Scottish Leaving Certificate Examination, 1958
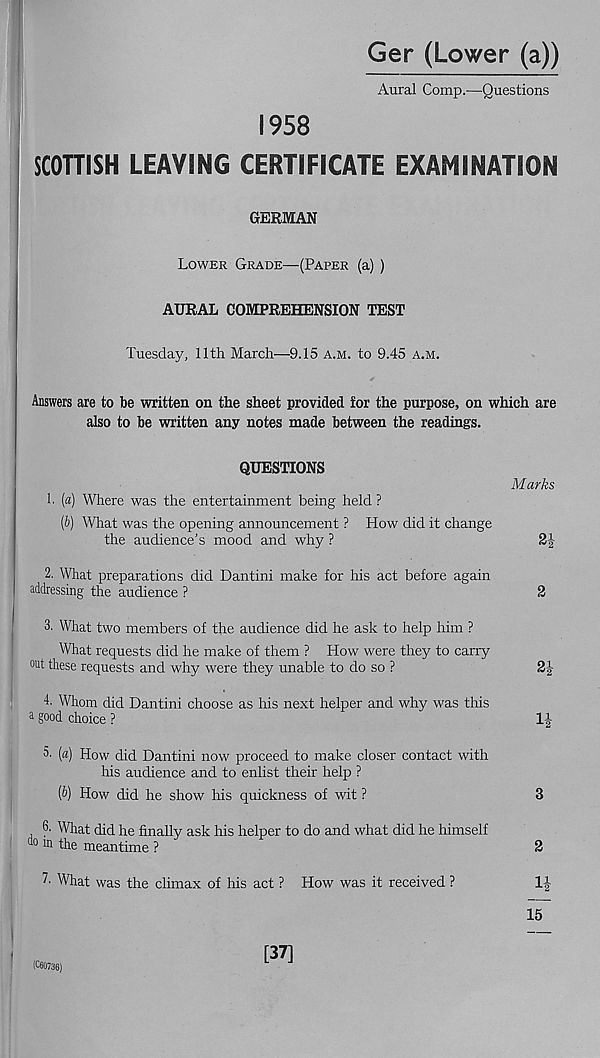
Ger (Lower (a))
Aural Comp.—Questions
1958
SCOTTISH LEAVING CERTIFICATE EXAMINATION
GERMAN
Lower Grade—(Paper (a) )
AURAL COMPREHENSION TEST
Tuesday, 11th March—9.15 a.m. to 9.45 a.m.
Answers are to be written on the sheet provided for the purpose, on which are
also to be written any notes made between the readings.
QUESTIONS
1. (a) Where was the entertainment being held ?
(6) What was the opening announcement ? How did it change
the audience’s mood and why ?
Marks
2i
2. What preparations did Dantini make for his act before again
addressing the audience ?
2
3. What two members of the audience did he ask to help him ?
What requests did he make of them ? How were they to cany
out these requests and why were they unable to do so ?
2J
4. Whom did Dantini choose as his next helper and why was this
a good choice ?
0- (a) How did Dantini now proceed to make closer contact with
his audience and to enlist their help ?
(&) How did he show his quickness of wit ?
3
6- What did he finally ask his helper to do and what did he himself
do m the meantime ?
2
7 - What was the climax of his act ? How was it received ?
1|
15
(060736)
[37]